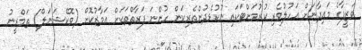
ވަޒީފާގެ މައިދާނަށް އަހުލުވެރި ކުރުމަށްޓަކައި ނުކުޅެދުންތެރިކަން ހުންނަ ފަރާތްތަކަށް އަމާޒުކޮށް (ވޮކޭޝަނަލް) ތަމްރީނު